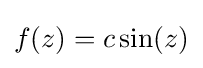
f(z)=c\sin(z)